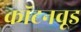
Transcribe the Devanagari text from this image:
कॉटनवूड